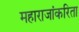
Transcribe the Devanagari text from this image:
महाराजांकरिता